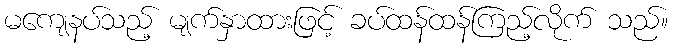
မကျေနပ်သည့် မျက်နှာထားဖြင့် ခပ်ထန်ထန်ကြည့်လိုက် သည်။